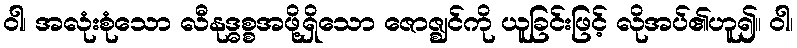
ဝါ၊ အလုံးစုံသော လီနုဒ္ဓစ္စအဖို့ရှိသော ဇောဇ္ဈင်ကို ယူခြင်းဖြင့် လိုအပ်၏ဟူ၍။ ဝါ၊